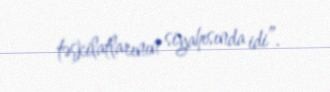
təşkilatlarının siyahısında idi”.